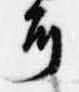
耳